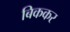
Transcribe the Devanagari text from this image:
बिककर